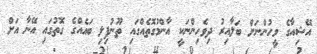
އޭޝިއާގެ މީހުންނަށް ބަލާއިރު ދިވެހިންނަކީ އާންމުގޮތެއްގައި ތޫނުފިލި ބައެއްގެ ގޮތުގައި އޭނާ އަށް